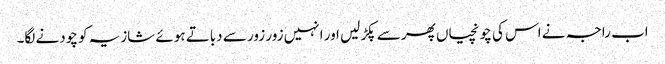
اب راجہ نے اس کی چونچیاں پھر سے پکڑ لیں اور انہیں زور زور سے دباتے ہوئے شازیہ کو چودنے لگا۔